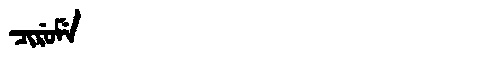
Manchu: ᠴᡳᡵᡠᠮᡝ
Romanization: CIRUME